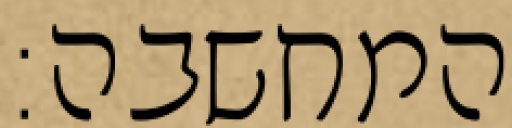
המחשבה: